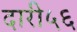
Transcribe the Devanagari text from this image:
दारी५६